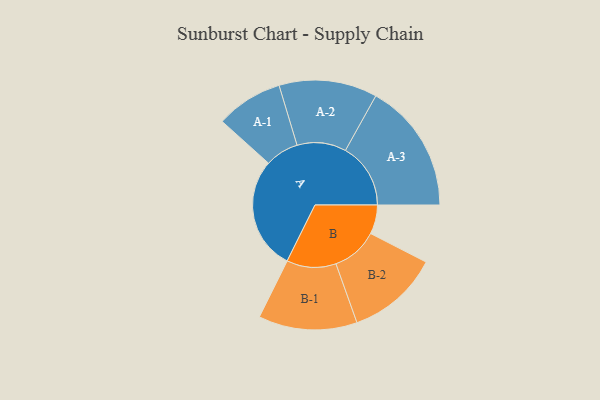
{"axis": {"x": "Segment", "y": "Value"}, "legend": ["", "A", "B"], "data": [{"x": "A", "y": 435, "type": ""}, {"x": "B", "y": 112, "type": ""}, {"x": "A-1", "y": 129, "type": "A"}, {"x": "A-2", "y": 189, "type": "A"}, {"x": "A-3", "y": 251, "type": "A"}, {"x": "B-1", "y": 190, "type": "B"}, {"x": "B-2", "y": 178, "type": "B"}]}